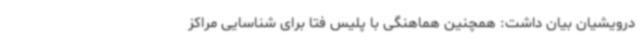
درویشیان بیان داشت: همچنین هماهنگی با پلیس فتا برای شناسایی مراکز